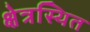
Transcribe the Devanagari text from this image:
क्षेत्रस्थित